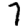
Digit: 7